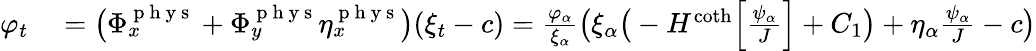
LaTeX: \begin{array}{rl}{\varphi_{t}}&{{}=\big(\Phi_{x}^{\mathrm{~p~h~y~s~}}+\Phi_{y}^{\mathrm{~p~h~y~s~}}\eta_{x}^{\mathrm{~p~h~y~s~}}\big)(\xi_{t}-c)=\frac{\varphi_{\alpha}}{\xi_{\alpha}}\big(\xi_{\alpha}\big(-H^{\coth}\Big[\frac{\psi_{\alpha}}{J}\Big]+C_{1}\big)+\eta_{\alpha}\frac{\psi_{\alpha}}{J}-c\big)}\end{array}